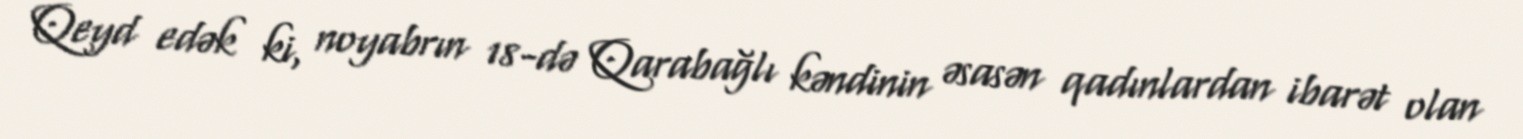
Qeyd edək ki, noyabrın 18-də Qarabağlı kəndinin əsasən qadınlardan ibarət olan